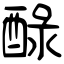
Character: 醁